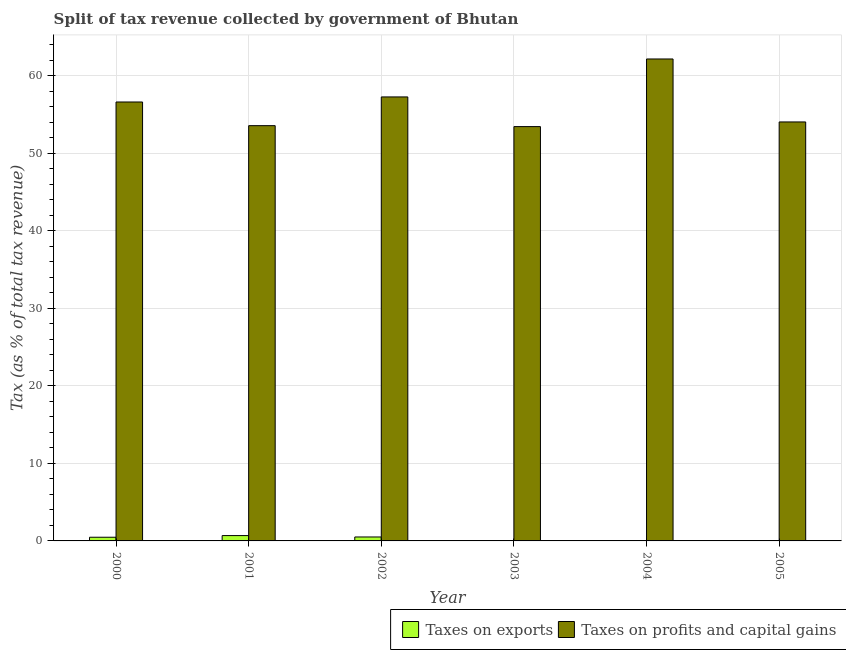
| Year | Taxes on exports | Taxes on profits and capital gains |
 | --- | --- | --- |
 | 2000 | 0.475 | 56.6 |
 | 2001 | 0.689 | 53.6 |
 | 2002 | 0.509 | 57.3 |
 | 2003 | 0.0281 | 53.4 |
 | 2004 | 0.0201 | 62.2 |
 | 2005 | 0.0289 | 54 |